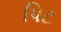
પિટ